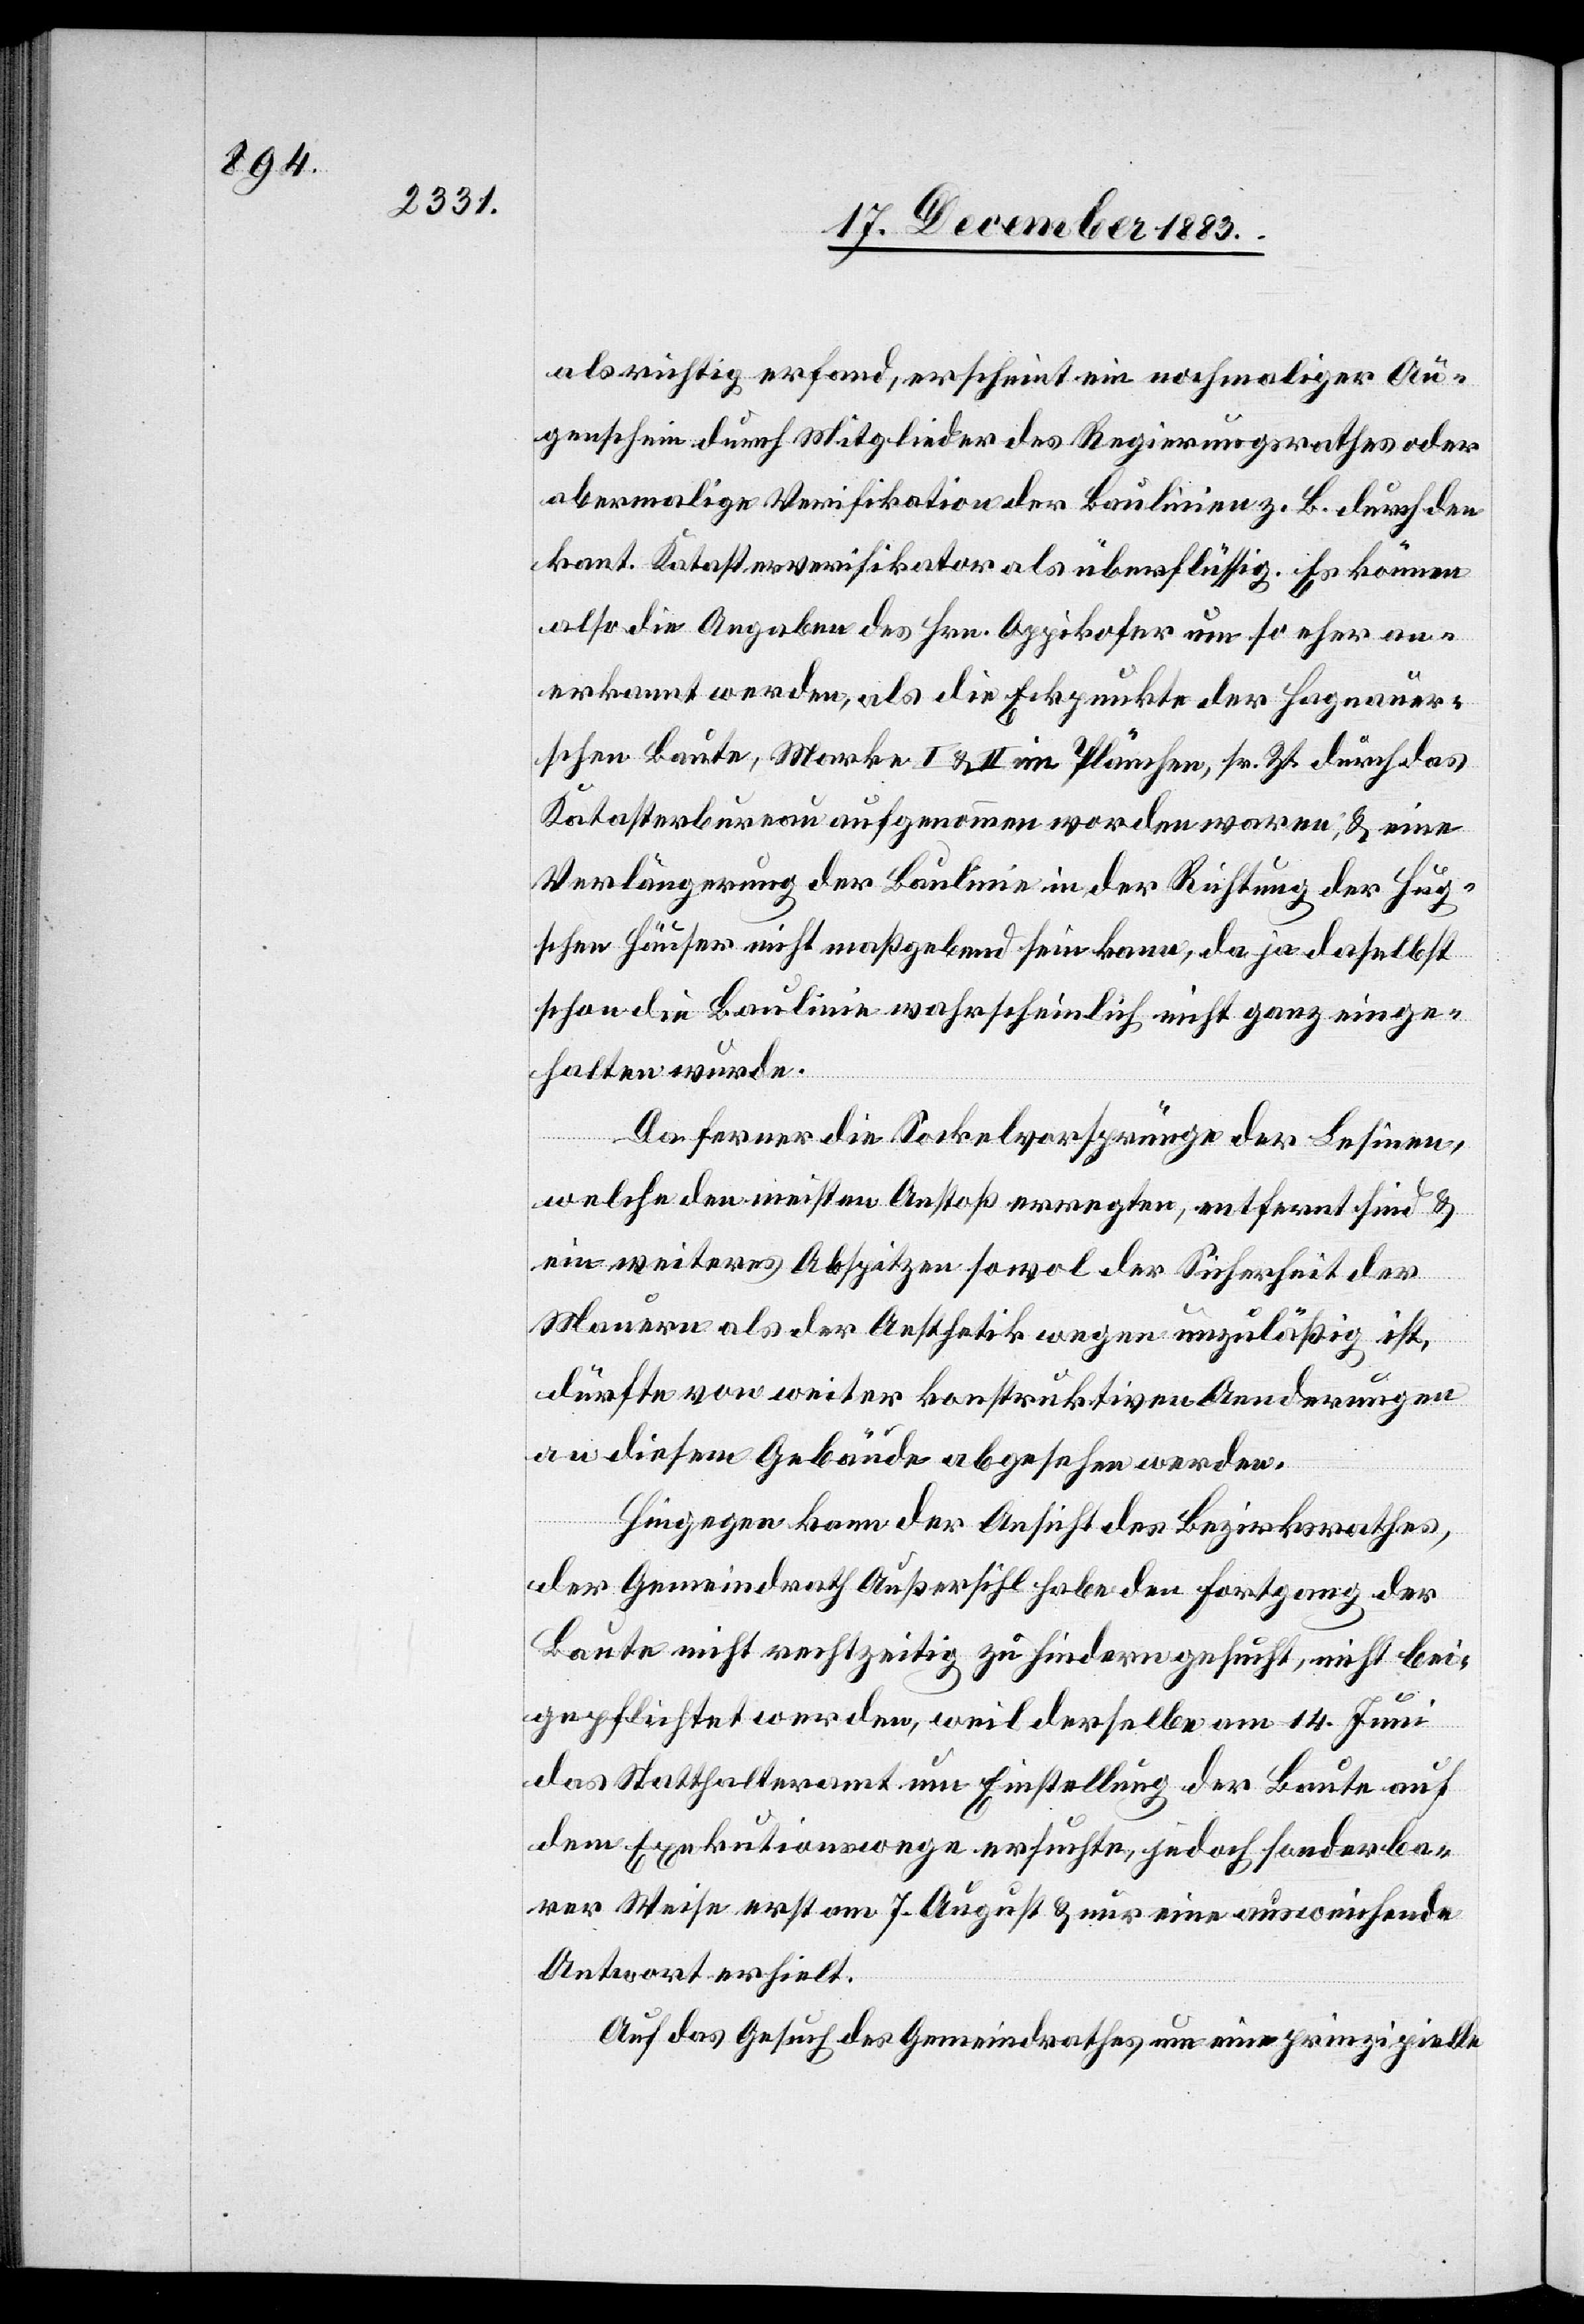
als richtig erfand, erscheint ein nochmaliger Au¬
genschein durch Mitglieder des Regierungsrathes oder
abermalige Verifikation der Baulinien z. B. durch den
kant. Katasterverifikator als überflüssig. Es können
also die Angaben des Hrn. Oppikofer um so eher an¬
erkannt werden, als die Eckpunkte der Hagnauer¬
schen Baute, Marke I & II im Plänchen, sr. Zt. durch das
Katasterbureau aufgenommen worden waren, & eine
Verlängerung der Baulinie in der Richtung der Hug¬
schen Häuser nicht maßgebend sein kann, da ja daselbst
schon die Baulinie wahrscheinlich nicht ganz einge¬
halten wurde.
Da Ferner die Sockelvorsprünge der Lesinen,
welche den meisten Anstoß erregten, entfernt sind &
ein weiteres Abspitzen sowol der Sicherheit der
Mauern als der Aesthetik wegen unzuläßig ist,
dürfte von weiter konstruktiven Aenderungen
an diesem Gebäude abgesehen werden.
Hiegegen kann der Ansicht des Bezirksrathes,
der Gemeindrath Außersihl habe den Fortgang der
Baute nicht rechtzeitig zu hindern gesucht, nicht bei¬
gepflichtet werden, weil derselben am 14. Juni
das Statthalteramt um Einstellung der Baute auf
dem Exekutionswege ersuchte, jedoch sonderba¬
rer Weise erst am 7. August & nur eine ausweichende
Antwort erhielt.
Auf das Gesuch des Gemeindrathes um eine prinzipielle